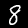
Digit: 8